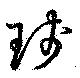
琖